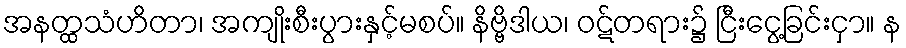
အနတ္ထသံဟိတာ၊ အကျိုးစီးပွားနှင့်မစပ်။ နိဗ္ဗိဒါယ၊ ဝဋ်တရား၌ ငြီးငွေ့ခြင်းငှာ။ န